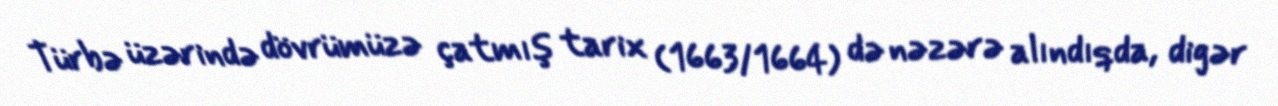
Türbə üzərində dövrümüzə çatmış tarix (1663/1664) də nəzərə alındıqda, digər